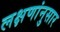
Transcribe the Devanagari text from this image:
लक्षणांनुसार